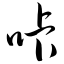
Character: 咔